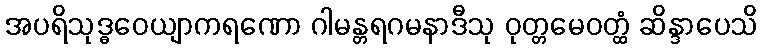
အပရိသုဒ္ဓဝေယျာကရဏော ဂါမန္တရဂမနာဒီသု ဝုတ္တမေဝတ္ထံ ဆိန္ဒာပေသိ